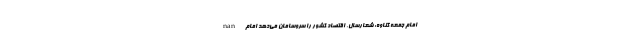
nan امام جمعه گناوه: شعارسال، اقتصاد کشور را سروسامان می‌دهد امام